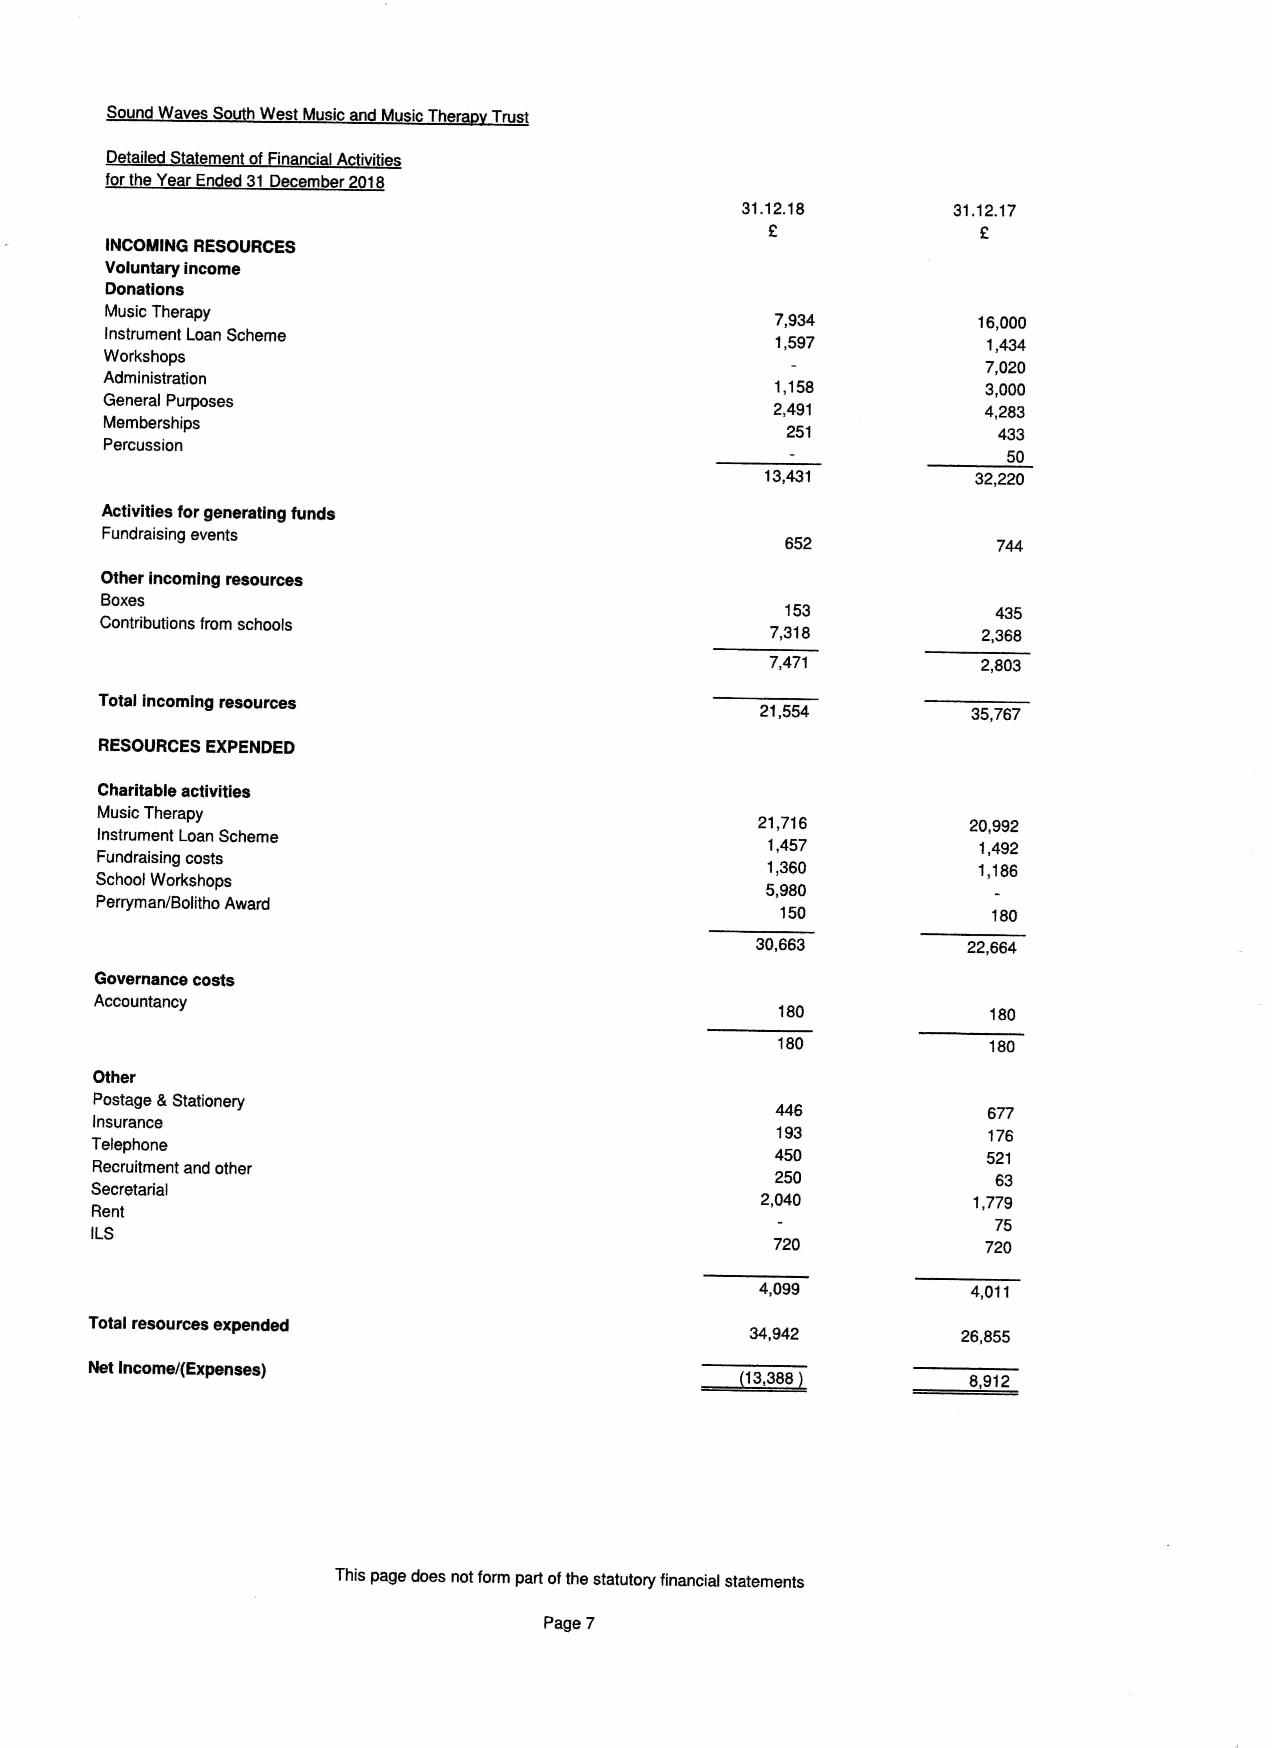
So Waves  W  Music M sicTh Trust
 e il      Fin IA i
 for he Y E 31December 2018
 31.12.18      31.12.17
 INCOMING RESOURCES
 Voluntary income
 Donations
 Music Therapy                               7,934         16,000
 Instrument Loan Scheme                      1,597         1,434
 Workshops
 7,020
 Administration                              1,158         3,000
 General Purposes
 2,491         4,283
 Memberships
 251           433
 Percussion
 50
 13,431       32,220
 Activities forgenerating funds
 Fundraising events
 652
 Other Incoming resources
 Boxes
 153           435
 Contributions from schools                  7,318         2,368
 7,471         2,803
 Total Incoming resources
 21,554        35,767
 RESOURCES EXPENDED
 Charitable activities
 Music Therapy                               21,716        20,992
 Instrument Loan Scheme
 1,457         1,492
 Fundraising costs
 1,360         1,186
 School Workshops
 5,980
 Perryman/Bolitho Award                        150
 30,663        22,664
 Governance costs
 Accountancy
 180           180
 180           180
 Other
 Postage &Stationery
 446           677
 Insurance
 193           176
 Telephone
 450           521
 Recruitment and other
 250            63
 Secretarial
 2,040         1,779
 Rent
 75
 ILS
 720           720
 4,099         4,011
 Total resources expended
 34,942        26,855
 Net Income/(Expenses)
 8,912
 This page does not form part ofthe statutory financial statements
 Page 7